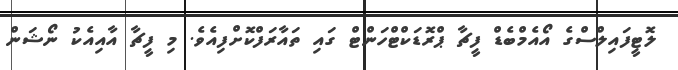
ލޮޓީފައިލްސްގެ އޯއެމްބެޑް ފީޗާ ޕްރޮޑަކްޓްހަންޓް ގައި ތައާރަފްކޮށްފިއެވެ. މި ފީޗާ އާއިއެކު ނޯޝަން